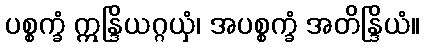
ပစ္စက္ခံ ဣန္ဒြိယဂ္ဂယှံ၊ အပစ္စက္ခံ အတိန္ဒြိယံ။